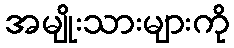
အမျိုးသားများကို